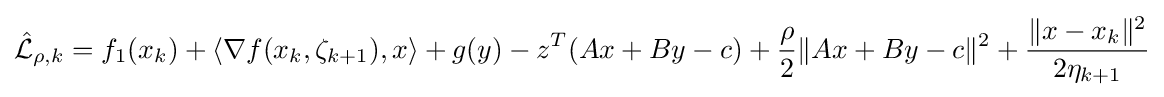
{\hat {\mathcal {L}}}_{\rho ,k}=f_{1}(x_{k})+\langle \nabla f(x_{k},\zeta _{k+1}),x\rangle +g(y)-z^{T}(Ax+By-c)+{\frac {\rho }{2}}\Vert Ax+By-c\Vert ^{2}+{\frac {\Vert x-x_{k}\Vert ^{2}}{2\eta _{k+1}}}